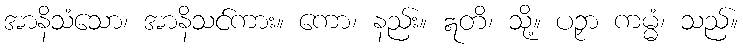
အာနိသံသော၊ အာနိသင်ကား။ ကော၊ နည်း။ ဣတိ၊ သို့။ ပဉှာ ကမ္မံ၊ သည်။